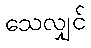
သေလျှင်